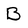
Character: B